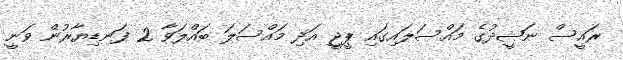
ރައީސް ނަޝީދުގެ މައްސަލައިގައި ޕީޖީ އަދި މައްސަލަ ބައްލަވާ 2 ފަނޑިޔާރުން ވަނީ